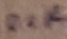
Text: 100K